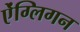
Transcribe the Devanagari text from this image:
ऐंग्लिगन